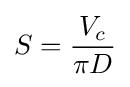
S={\frac {V_{c}}{\pi D}}